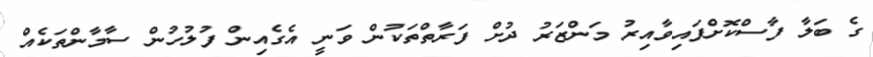
ގެ ބަލާ ފާސްކޮށްފައިވާއިރު މަންޒަރު ދުށް ފަރާތްތަކުން ވަނީ އެގެއިން ފުލުހުން ސާމާންތަކެއް